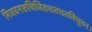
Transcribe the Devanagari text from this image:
निजवनरुचिजितशतशतविधुवन।